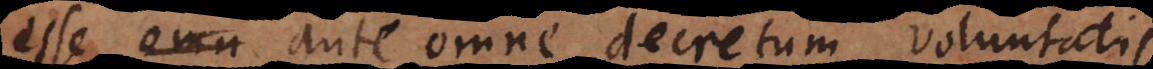
esse ante omne decretum voluntatis